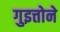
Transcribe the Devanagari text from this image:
गुइत्तोने